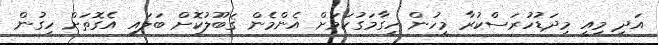
އަދި މިއީ މިދަޑުހުރަސްކުރާ މީހުން ހިގާމަގުކަމަށް އެންމެން ޤަބޫލުކޮށް ބަލައި އެގޮތަށް ހިގުން